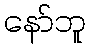
နော်ဘူ